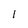
Character: l